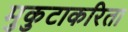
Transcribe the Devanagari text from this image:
मुकुटाकरिता